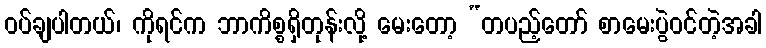
ဝပ်ချပါတယ်၊ ကိုရင်က ဘာကိစ္စရှိတုန်းလို့ မေးတော့ “တပည့်တော် စာမေးပွဲဝင်တဲ့အခါ